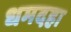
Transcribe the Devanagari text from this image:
धमदहा